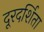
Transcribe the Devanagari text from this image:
दूरदर्शिता